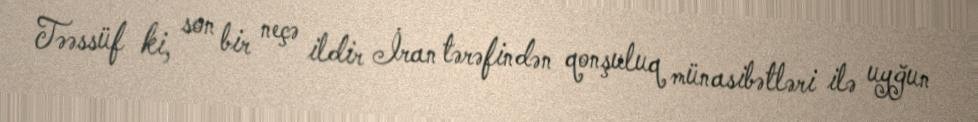
Təəssüf ki, son bir neçə ildir İran tərəfindən qonşuluq münasibətləri ilə uyğun